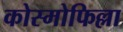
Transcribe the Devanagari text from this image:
कोस्मोफिल्ला